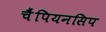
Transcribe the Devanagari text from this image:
चैंपियनसिप